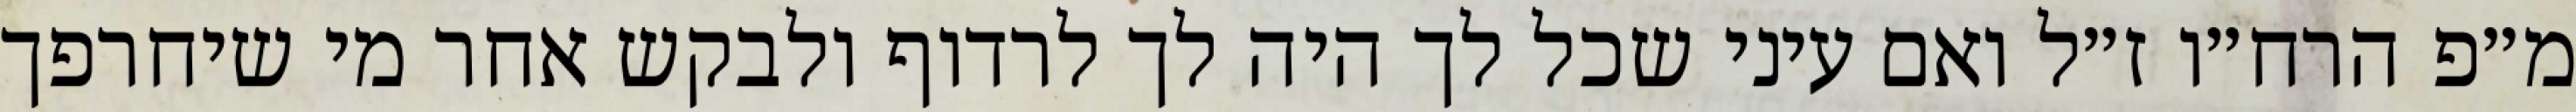
מ״פ הרח״ו ז״ל ואם עיני שכל לך היה לך לרדוף ולבקש אחר מי שיחרפך